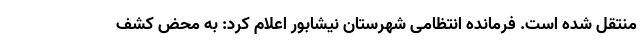
منتقل شده است. فرمانده انتظامی شهرستان نیشابور اعلام کرد: به محض کشف